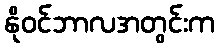
နိုဝင်ဘာလအတွင်းက